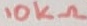
Text: 10KΩ